Veski_algkool, lk 22
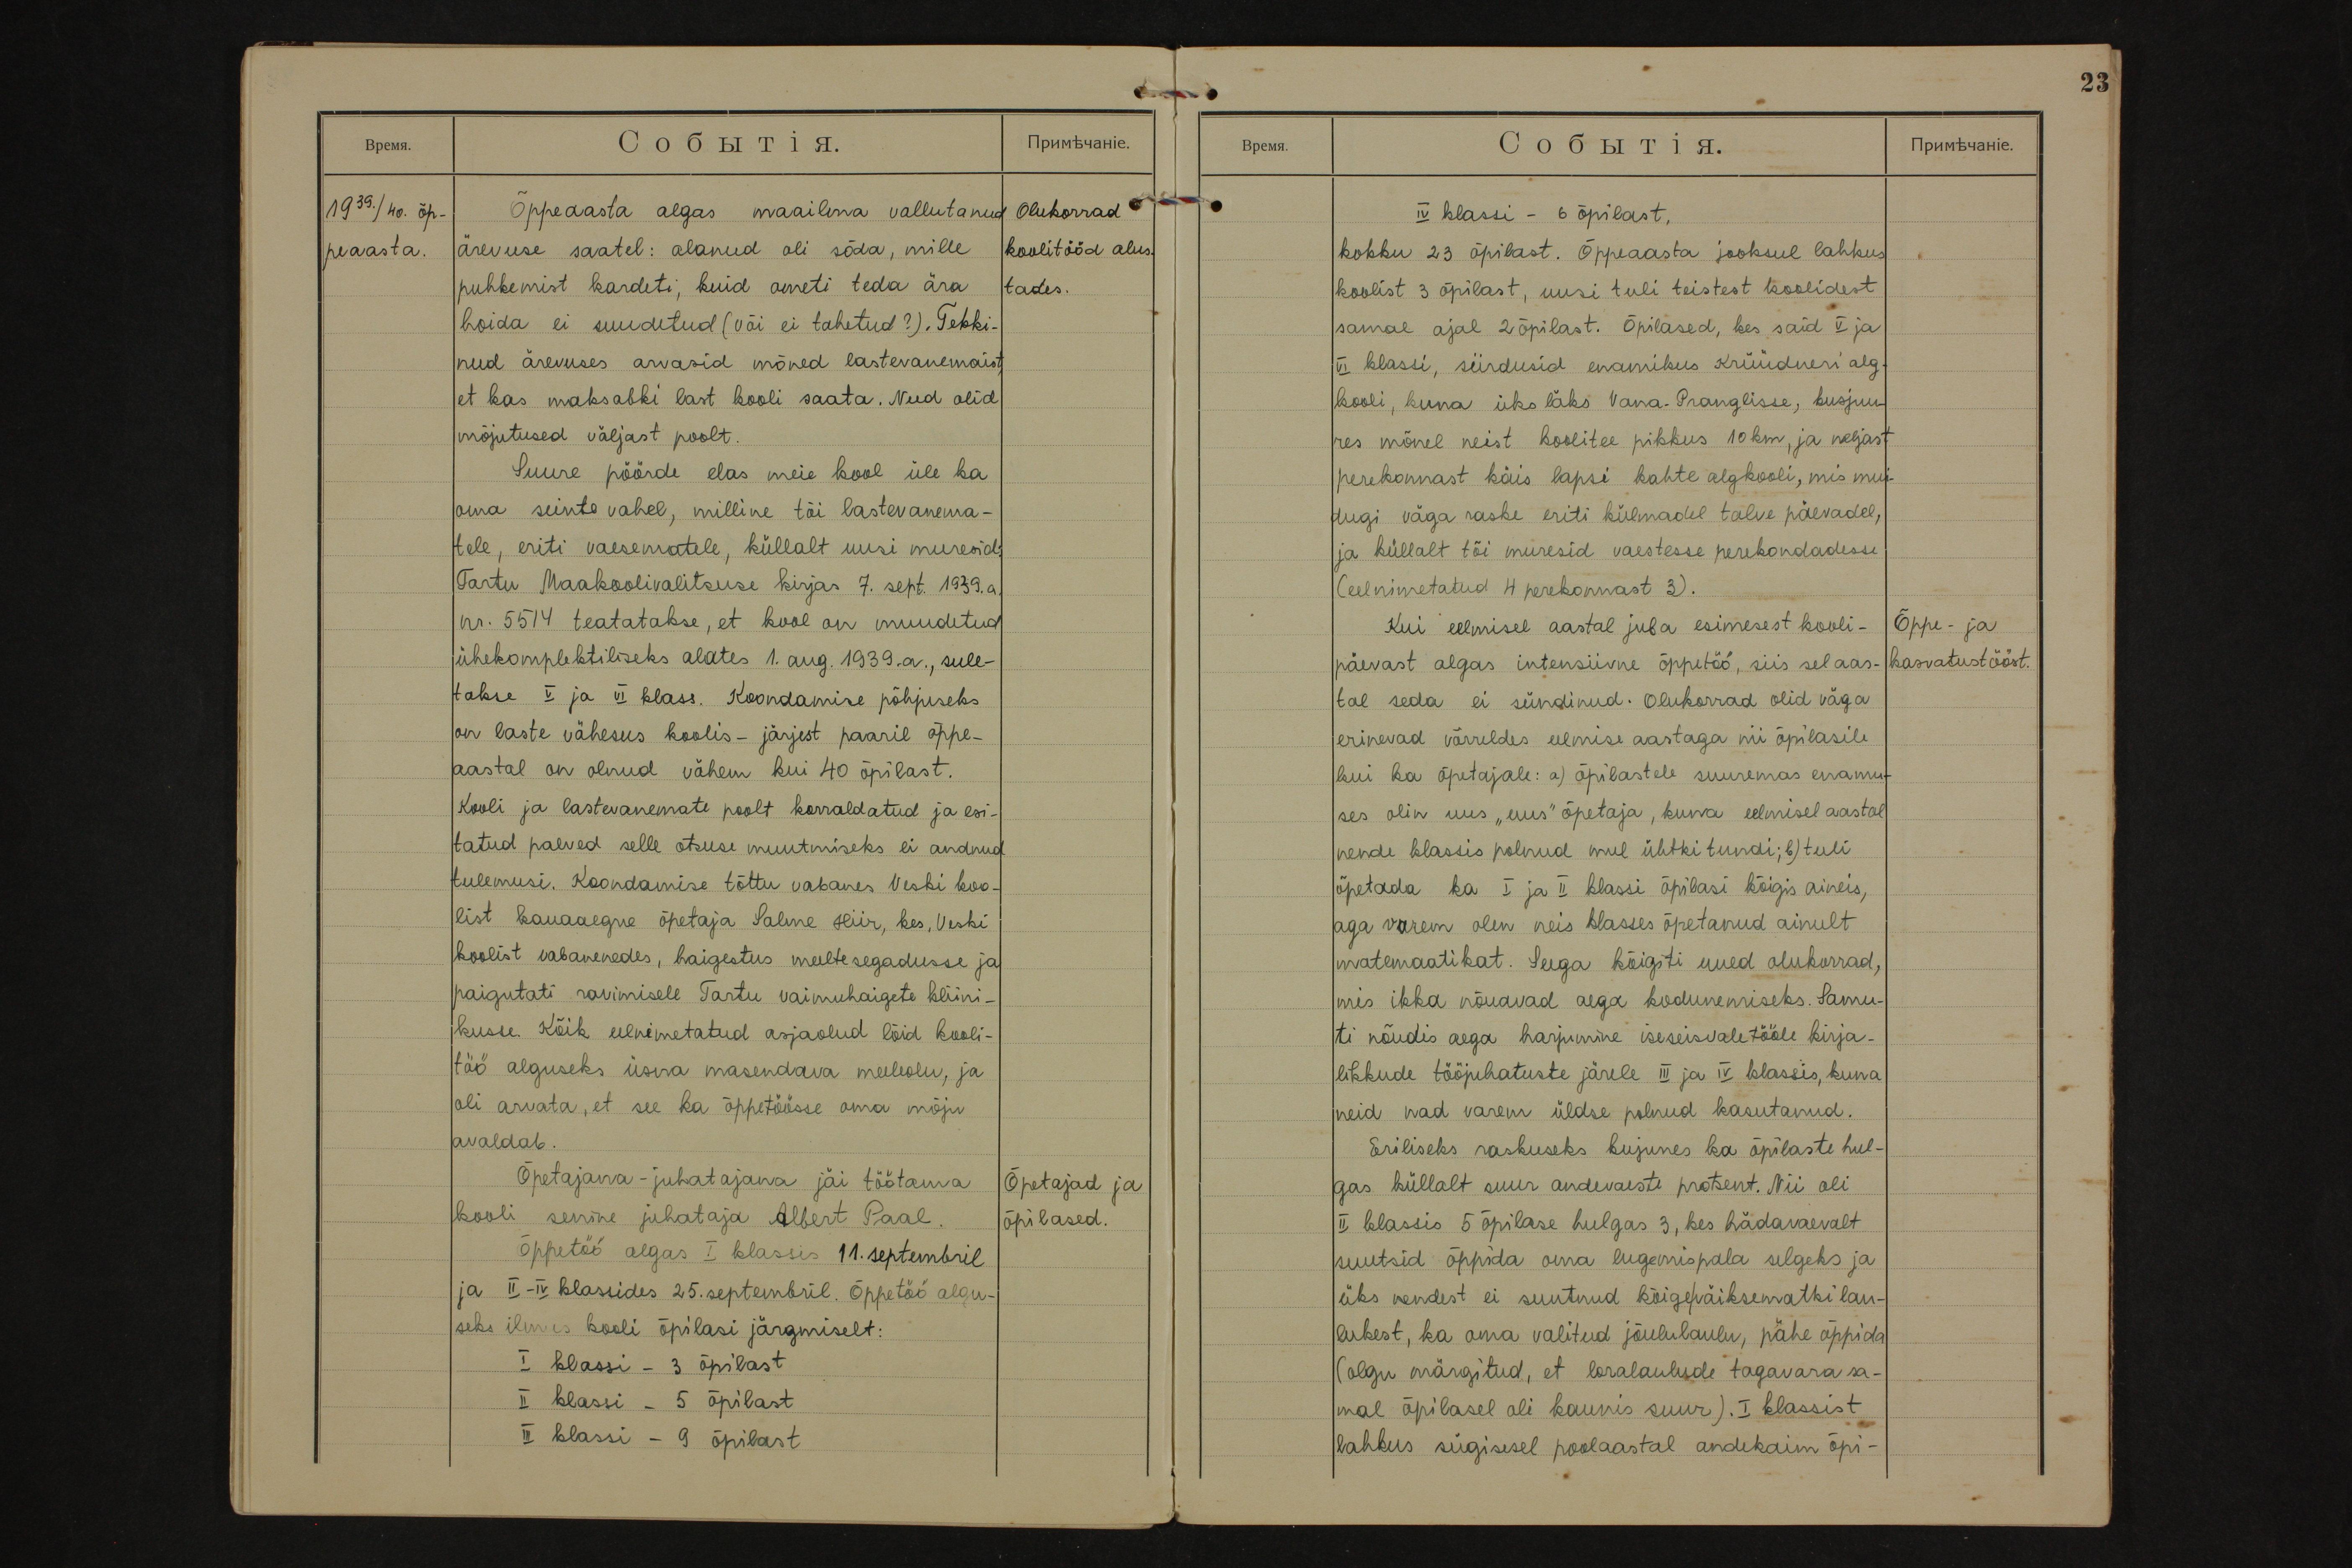
23

1939./40. õp-
peaasta.

Olukorrad
koolitööd alus-
tades.
Õppeaasta algas maailma vallutanud
ärevuse saatel: alanud oli sõda, mille
puhkemist kardeti, kuid ometi teda ära
hoida ei suudetud (või ei tahetud?). Tekki-
nud ärevuses arvasid mõned lastevanemaist,
et kas maksabki last kooli saata. Need olid
mõjutused väljast poolt.
Suure pöörde elas meie kool üle ka
oma seinte vahel, milline tõi lastevanema-
tele, eriti vaesematele, küllalt uusi muresid:
Tartu Maakoolivalitsuse kirjas 7. sept. 1939. a.
nr. 5514 teatatakse, et kool on muudetud
ühekomplektiliseks alates 1. aug. 1939.a., sule-
takse V ja VI klass. Koondamise põhjuseks
on laste vähesus koolis - järjest paaril õppe-
aastal on olnud vähem kui 40 õpilast.
Kooli ja lastevanemate poolt korraldatud ja esi-
tatud palved selle otsuse muutmiseks ei andnud
tulemusi. Koondamise tõttu vabanes Veski koo-
list kauaaegne õpetaja Salme Hiir, kes, Veski
koolist vabanenedes, haigestus meeltesegadusse ja
paigutati ravimisele Tartu vaimuhaigete kliini-
kusse. Kõik eelnimetatud asjaolud lõid kooli-
töö alguseks üsna masendava meeleolu, ja
oli arvata, et see ka õppetöösse oma mõju
avaldab.
Õpetajad ja
õpilased.
Õpetajana-juhatajana jäi töötama
kooli senine juhataja Albert Paal.
Õppetöö algas I klassis 11. septembril
ja II-IV klassides 25. septembril. Õppetöö algu-
seks ilmus kooli õpilasi järgmiselt:
I klassi - 3 õpilast
II klassi - 5 õpilast
III klassi - 9 õpilast

IV klassi - 6 õpilast,
kokku 23 õpilast. Õppeaasta jooksul lahkus
koolist 3 õpilast, uusi tuli teistest koolidest
samal ajal 2 õpilast. Õpilased, kes said V ja
VI klassi, siirdusid enamikus Krüüdneri alg-
kooli, kuna üks läks Vana-Pranglisse, kusjuu-
res mõnel neist koolitee pikkus 10 km, ja neljast
perekonnast käis lapsi kahte algkooli, mis mui-
dugi väga raske eriti külmadel talve päevadel,
ja küllalt tõi muresid vaestesse perekondadesse
(eelnimetatud 4 perekonnast 3).
Õppe- ja
kasvatustööst.
Kui eelmisel aastal juba esimesest kooli-
päevast algas intensiivne õppetöö, siis sel aas-
tal seda ei sündinud. Olukorrad olid väga
erinevad võrreldes eelmise aastaga nii õpilasile
kui ka õpetajale: a) õpilastele suuremas enamu-
ses olin uus "uus" õpetaja, kuna eelmisel aastal
nende klassis polnud mul ühtki tundi; b) tuli
õpetada ka I ja II klassi õpilasi kõigis aineis,
aga varem olen neis klasses õpetanud ainult
matemaatikat. Seega kõigiti uued olukorrad,
mis ikka nõuavad aega kodunemiseks. Samu-
ti nõudis aega harjumine iseseisvale tööle kirja-
likkude tööjuhatuste järele III ja IV klassis, kuna
neid nad varem üldse polnud kasutanud.
Eriliseks raskuseks kujunes ka õpilaste hul-
gas küllalt suur andevaeste protsent. Nii oli
II klassis 5 õpilase hulgas 3, kes hädavaevalt
suutsid õppida oma lugemispala selgeks ja
üks nendest ei suutnud kõigeväiksematki lau-
lukest, ka oma valitud jõululaulu, pähe õppida
(olgu märgitud, et loralaulude tagavara sa-
mal õpilasel oli kaunis suur). I klassist
lahkus sügisesel poolaastal andekaim õpi-